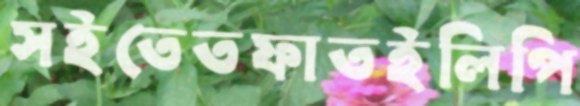
সইতেতফাতইলিপি